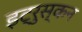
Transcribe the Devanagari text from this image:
इट्रुस्कन